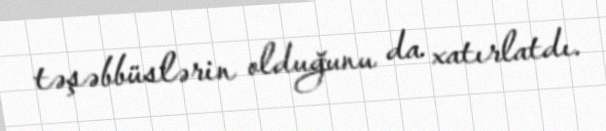
təşəbbüslərin olduğunu da xatırlatdı.